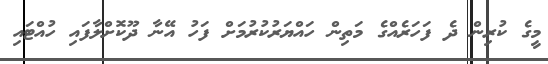
މީގެ ކުރިން ދެ ފަހަރެއްގެ މަތިން ހައްޔަރުކުރުމަށް ފަހު އޭނާ ދޫކޮށްލާފައި ހުއްޓައި